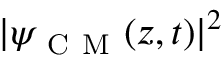
| \psi _ { \mathrm { ~ C ~ M ~ } } ( z , t ) | ^ { 2 }